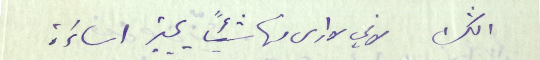
الشك لاني لا ارى منها شيئًا يجيز اساءَة